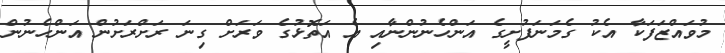
މުވައްޒަފަކާ އެކު ގެމަނަފުށީގެ އަންހެނުންނާއި އެ އަތޮޅުގެ ވަރަށް ގިނަ ރަށްރަށުން އަންހެނުން